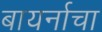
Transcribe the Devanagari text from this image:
बायर्नाचा